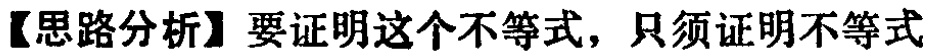
【思路分析】要证明这个不等式，只须证明不等式